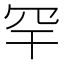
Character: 罕